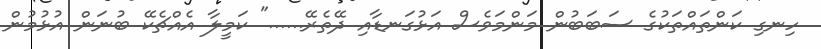
ހިނގި ކަންތައްތަކުގެ ސަބަބުން މަންމަވެސް އަޅުގަނޑާއި ދޭތެރޭ......" ކަމީލާ އެއްޗެކޭ ބުނަން އުޅުމުން